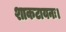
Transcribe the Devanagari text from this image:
शाकटायनः।